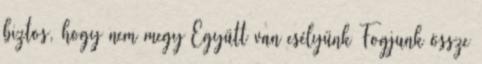
biztos, hogy nem megy Együtt van esélyünk Fogjunk össze